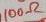
Text: 100Ω